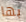
بها